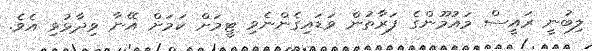
ލިބުނީ ރައީސް މައުމޫންގެ ފަރާތުން ވަޑައިގެންނެވި ޓީމަށް ކަމަށް އޭނާ ވިދާޅުވި އެވެ.